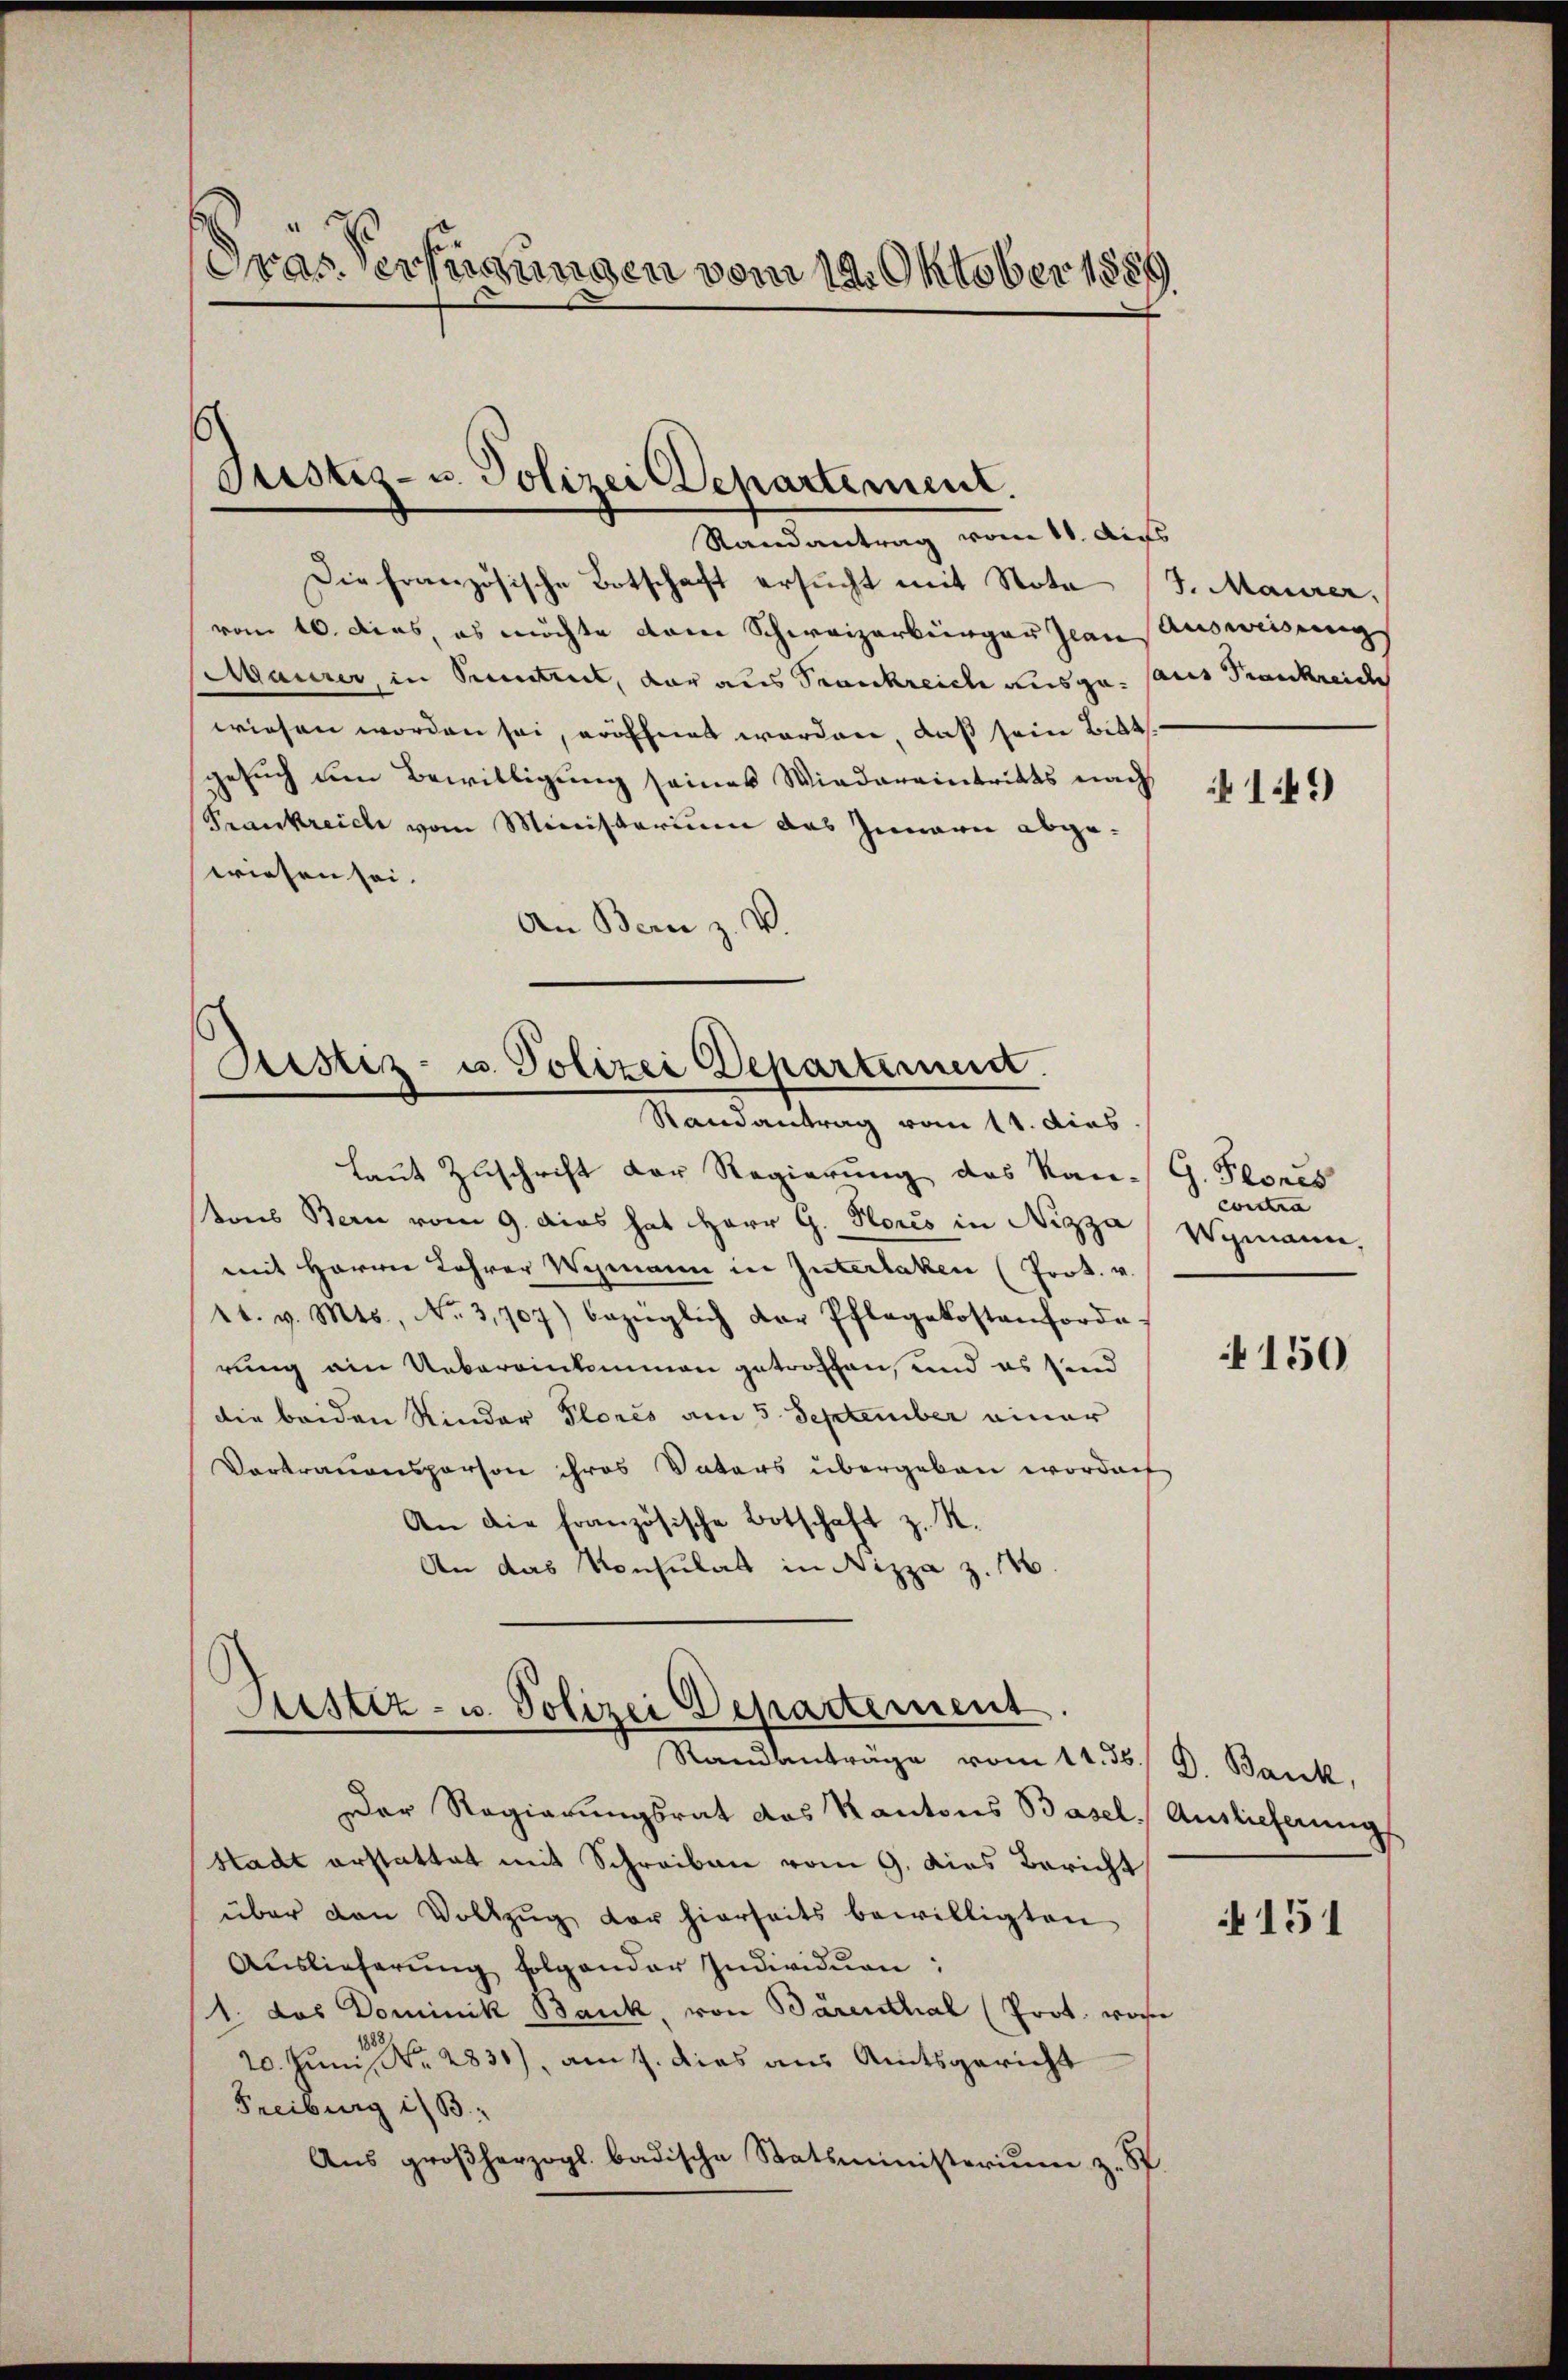
Dras Verkennungen vom 14. Oktober 1889

Justiz- u. Polizei Departement.

Randantrag vom 11. Aufs
Die französische Botschaft ersucht mit Note 3. Maurer,
vom 16. dies, es möchte vom Schweizerbürger Jean Ausweisung
daurer, in Secetreit, der aus Trankreiche ausge- aus Frankreic
wiesen worden sei, eröffnet worden, daß sein Bitt
gesuch um Bewilligung seines Wiedereintritts nach
Frankreich vom Ministerium das Innern abgewiesen sei.
An Bern z. V.

Distiz- u. Polizei Departement.
Randantrag vom 11. dies

Justiz- u. Polizei Departement
Randanträge vom 11. 36. 9. Bank,

Der Regierungsrat das Kantons Basel, Auslieferungs
Stadt erstattet mit Schreiben vom 9. dies Bericht
über den Vollzug der hierseits bewilligten
Auslieferung folgender Individuen;
1. das Dominik Bank, von Bärenthal (Prot. wose
20. Juni 2830), am 7. dies aus Amtsgericht
Freiburg i/B.
Aus großherzogl. badische Statsministerium z. S.

Laut Zuschrift der Regierung des Kan- G. Planes
tons Bern vom 9. Das hat Herr G. Hors in Nizza Wymann,
mit Herrn Lehrer Wismann in Interlaken (Prok. v.
1t. v. Mts., No. 3,707) bezüglich der Pflegekostenforde
rung am Uebereinkommen getroffen, und es sind
die beiden Kinder Florés am 5. September einer
Vertrauensperson ihres Vaters übergeben worden
An die französische Botschaft z. S.
An das Konsulat in Nizza z. 146.

149)

constra

150

151